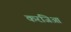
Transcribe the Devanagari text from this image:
करंजिआ